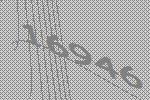
16946